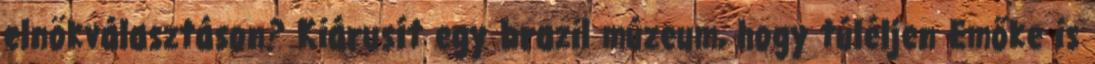
elnökválasztáson? Kiárusít egy brazil múzeum, hogy túléljen Emőke is